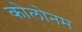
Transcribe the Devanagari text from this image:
कोलोनम